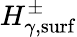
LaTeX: H_{\gamma,\mathrm{surf}}^{\pm}